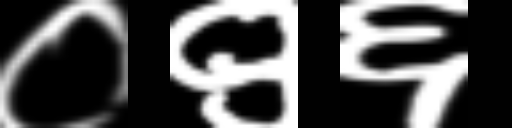
Text: ०९६